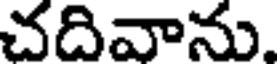
చదివాను.